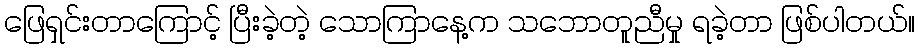
ဖြေရှင်းတာကြောင့် ပြီးခဲ့တဲ့ သောကြာနေ့က သဘောတူညီမှု ရခဲ့တာ ဖြစ်ပါတယ်။